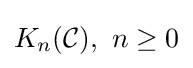
K_{n}({\mathcal {C}}),\ n\geq 0